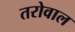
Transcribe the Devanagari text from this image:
तरोवाल